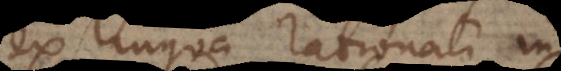
ex lingua rationali in